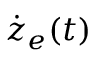
\dot { z } _ { e } ( t )